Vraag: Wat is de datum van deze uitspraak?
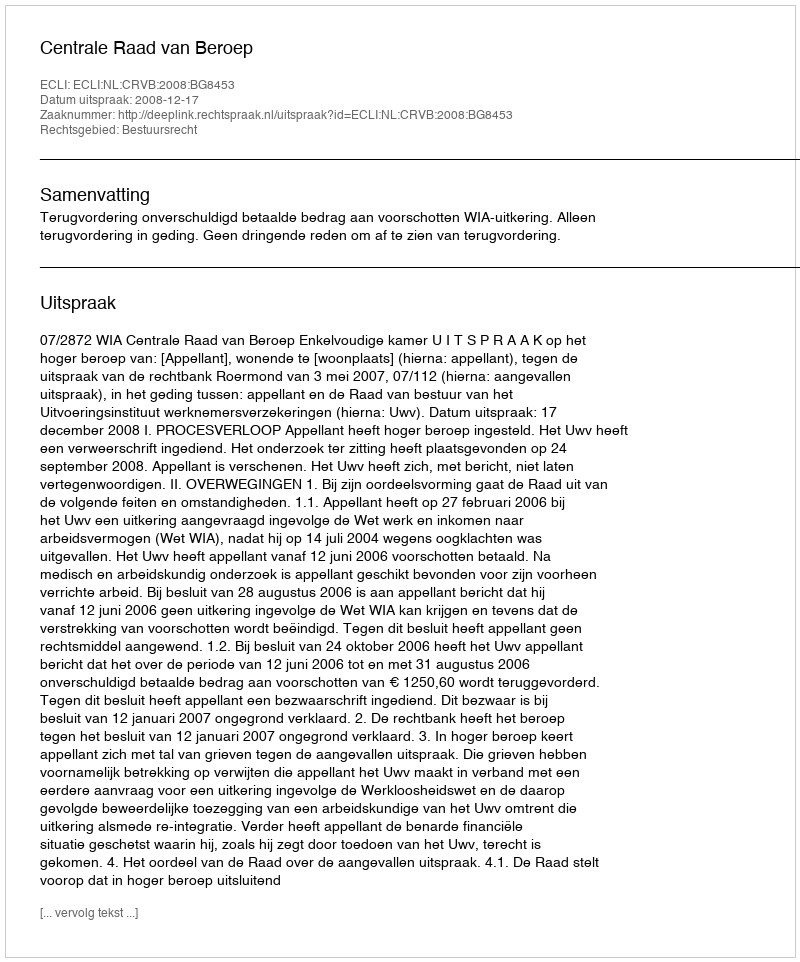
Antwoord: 2008-12-17